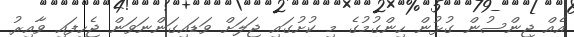
އެއް ޖިންސުން ގުޅުން ހިންގުމުގެ މި ކުށުގައި ޖަލަށް ވަޑައިގަންނަވަން ޖެހިފައި ވާއިރު